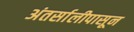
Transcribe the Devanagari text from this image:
अंतर्सालीपासून